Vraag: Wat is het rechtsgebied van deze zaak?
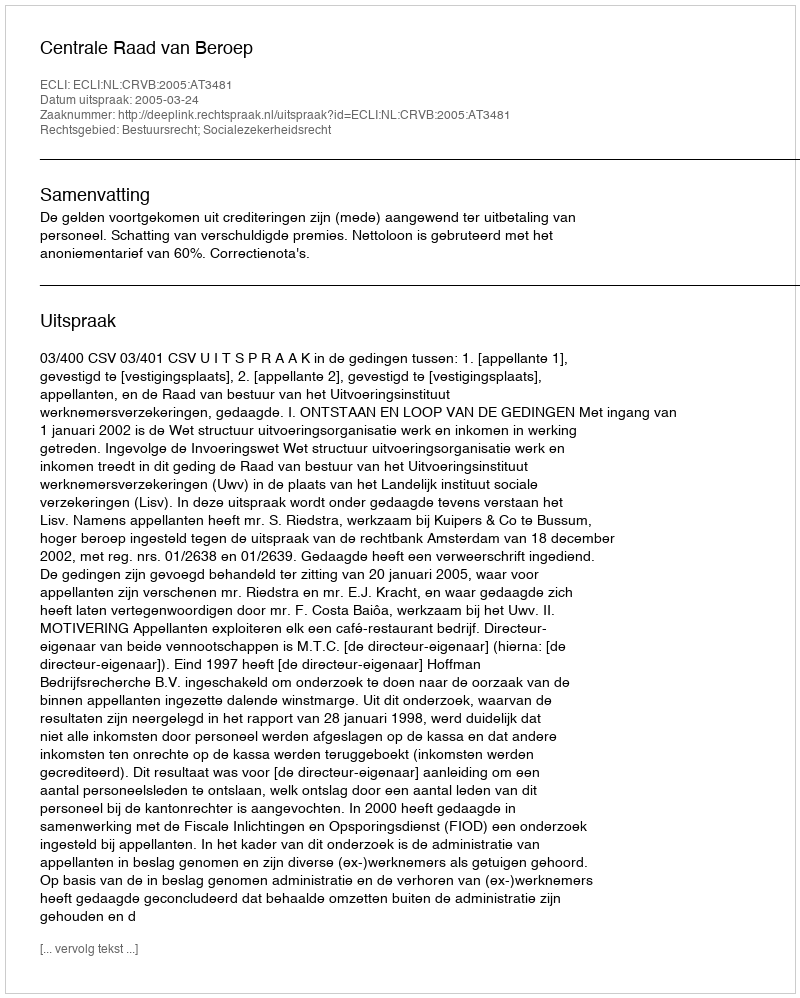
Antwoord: Bestuursrecht; Socialezekerheidsrecht